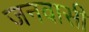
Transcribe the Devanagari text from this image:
जनवासी